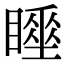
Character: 𥋍